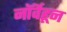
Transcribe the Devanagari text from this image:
नॉर्वेहून